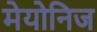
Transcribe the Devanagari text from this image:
मेयोनिज